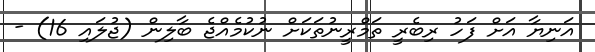
އަނިޔާ އަށް ފަހު ރިބެރީ ތަމްރީނުތަކަށް ނުކުމެއްޖެ ބާލިން (ޖުލައި 16) -